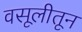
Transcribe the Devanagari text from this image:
वसूलीतून